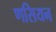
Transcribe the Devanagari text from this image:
णसियन